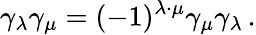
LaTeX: \gamma_{\lambda}\gamma_{\mu}=(-1)^{\lambda\cdot\mu}\gamma_{\mu}\gamma_{\lambda}\, .